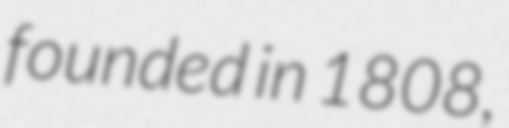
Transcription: founded in 1808,